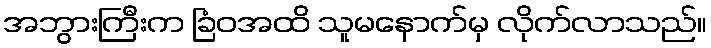
အဘွားကြီးက ခြံဝအထိ သူမနောက်မှ လိုက်လာသည်။